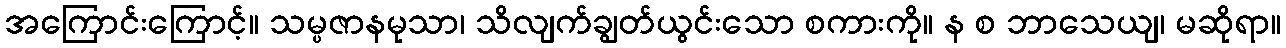
အကြောင်းကြောင့်။ သမ္ပဇာနမုသာ၊ သိလျက်ချွတ်ယွင်းသော စကားကို။ န စ ဘာသေယျ၊ မဆိုရာ။